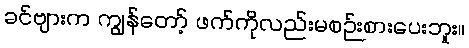
ခင်ဗျားက ကျွန်တော့် ဖက်ကိုလည်းမစဉ်းစားပေးဘူး။